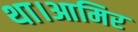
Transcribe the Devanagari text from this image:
था।आमिर